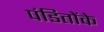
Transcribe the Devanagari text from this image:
पंडितोंके